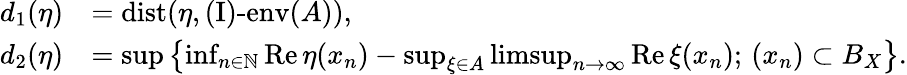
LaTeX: \begin{array}{rl}{d_{1}(\eta)}&{=\operatorname{dist}(\eta,\operatorname{(I)-env}(A)),}\\ {d_{2}(\eta)}&{=\operatorname*{sup}\left\{ \operatorname*{inf}_{n\in\mathbb N}\operatorname{Re}\eta(x_{n})-\operatorname*{sup}_{\xi\in A}\operatorname*{limsup}_{n\to\infty}\operatorname{Re}\xi(x_{n});\, (x_{n})\subset B_{X}\right\} .}\end{array}